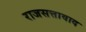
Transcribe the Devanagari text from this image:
राजसत्तावाद